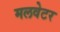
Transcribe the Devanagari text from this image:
मलवेटर